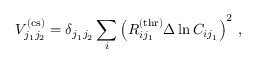
V _ { j _ { 1 } j _ { 2 } } ^ { \mathrm { ( c s ) } } = \delta _ { j _ { 1 } j _ { 2 } } \sum _ { i } \left( R _ { i j _ { 1 } } ^ { \mathrm { ( t h r ) } } \Delta \ln C _ { i j _ { 1 } } \right) ^ { 2 } \, ,